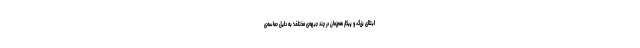
ابتلای بزرگ، و پیکار هم‌زمان در چند جبهه‌ی مختلف؛ به دلیل حماسه‌ی